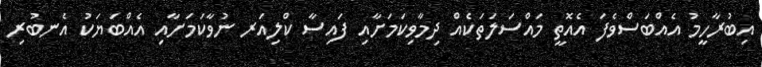
އިބުރާހީމު އެއްބަސްވެފަ އެއޮތީ މައްސަލަތަކެއް ދިމާވިކަމަށާއި ފައިސާ ކްލިއަރ ނުވާކަމަށާއި އެއްބަޔަކު އެނބުރި